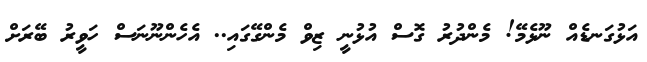
އަޅުގަނޑެއް ނޫޅެމޭ! މެންދުރު ގޮސް އުޅުނީ ޒިވް މެންގޭގައި.. އެހެންނޫނަސް ހަވީރު ބޭރަށް